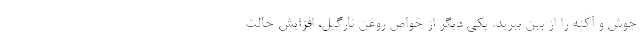
جوش و آکنه را از بین ببرید. یکی دیگر از خواص روغن نارگیل، افزایش حالت